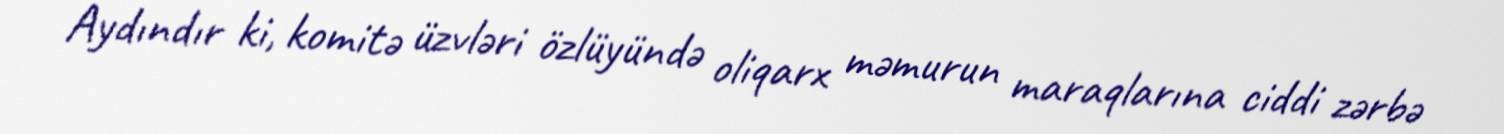
Aydındır ki, komitə üzvləri özlüyündə oliqarx məmurun maraqlarına ciddi zərbə